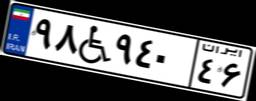
۲۷W۴۳۵۸۹